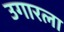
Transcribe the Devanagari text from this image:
उगारला